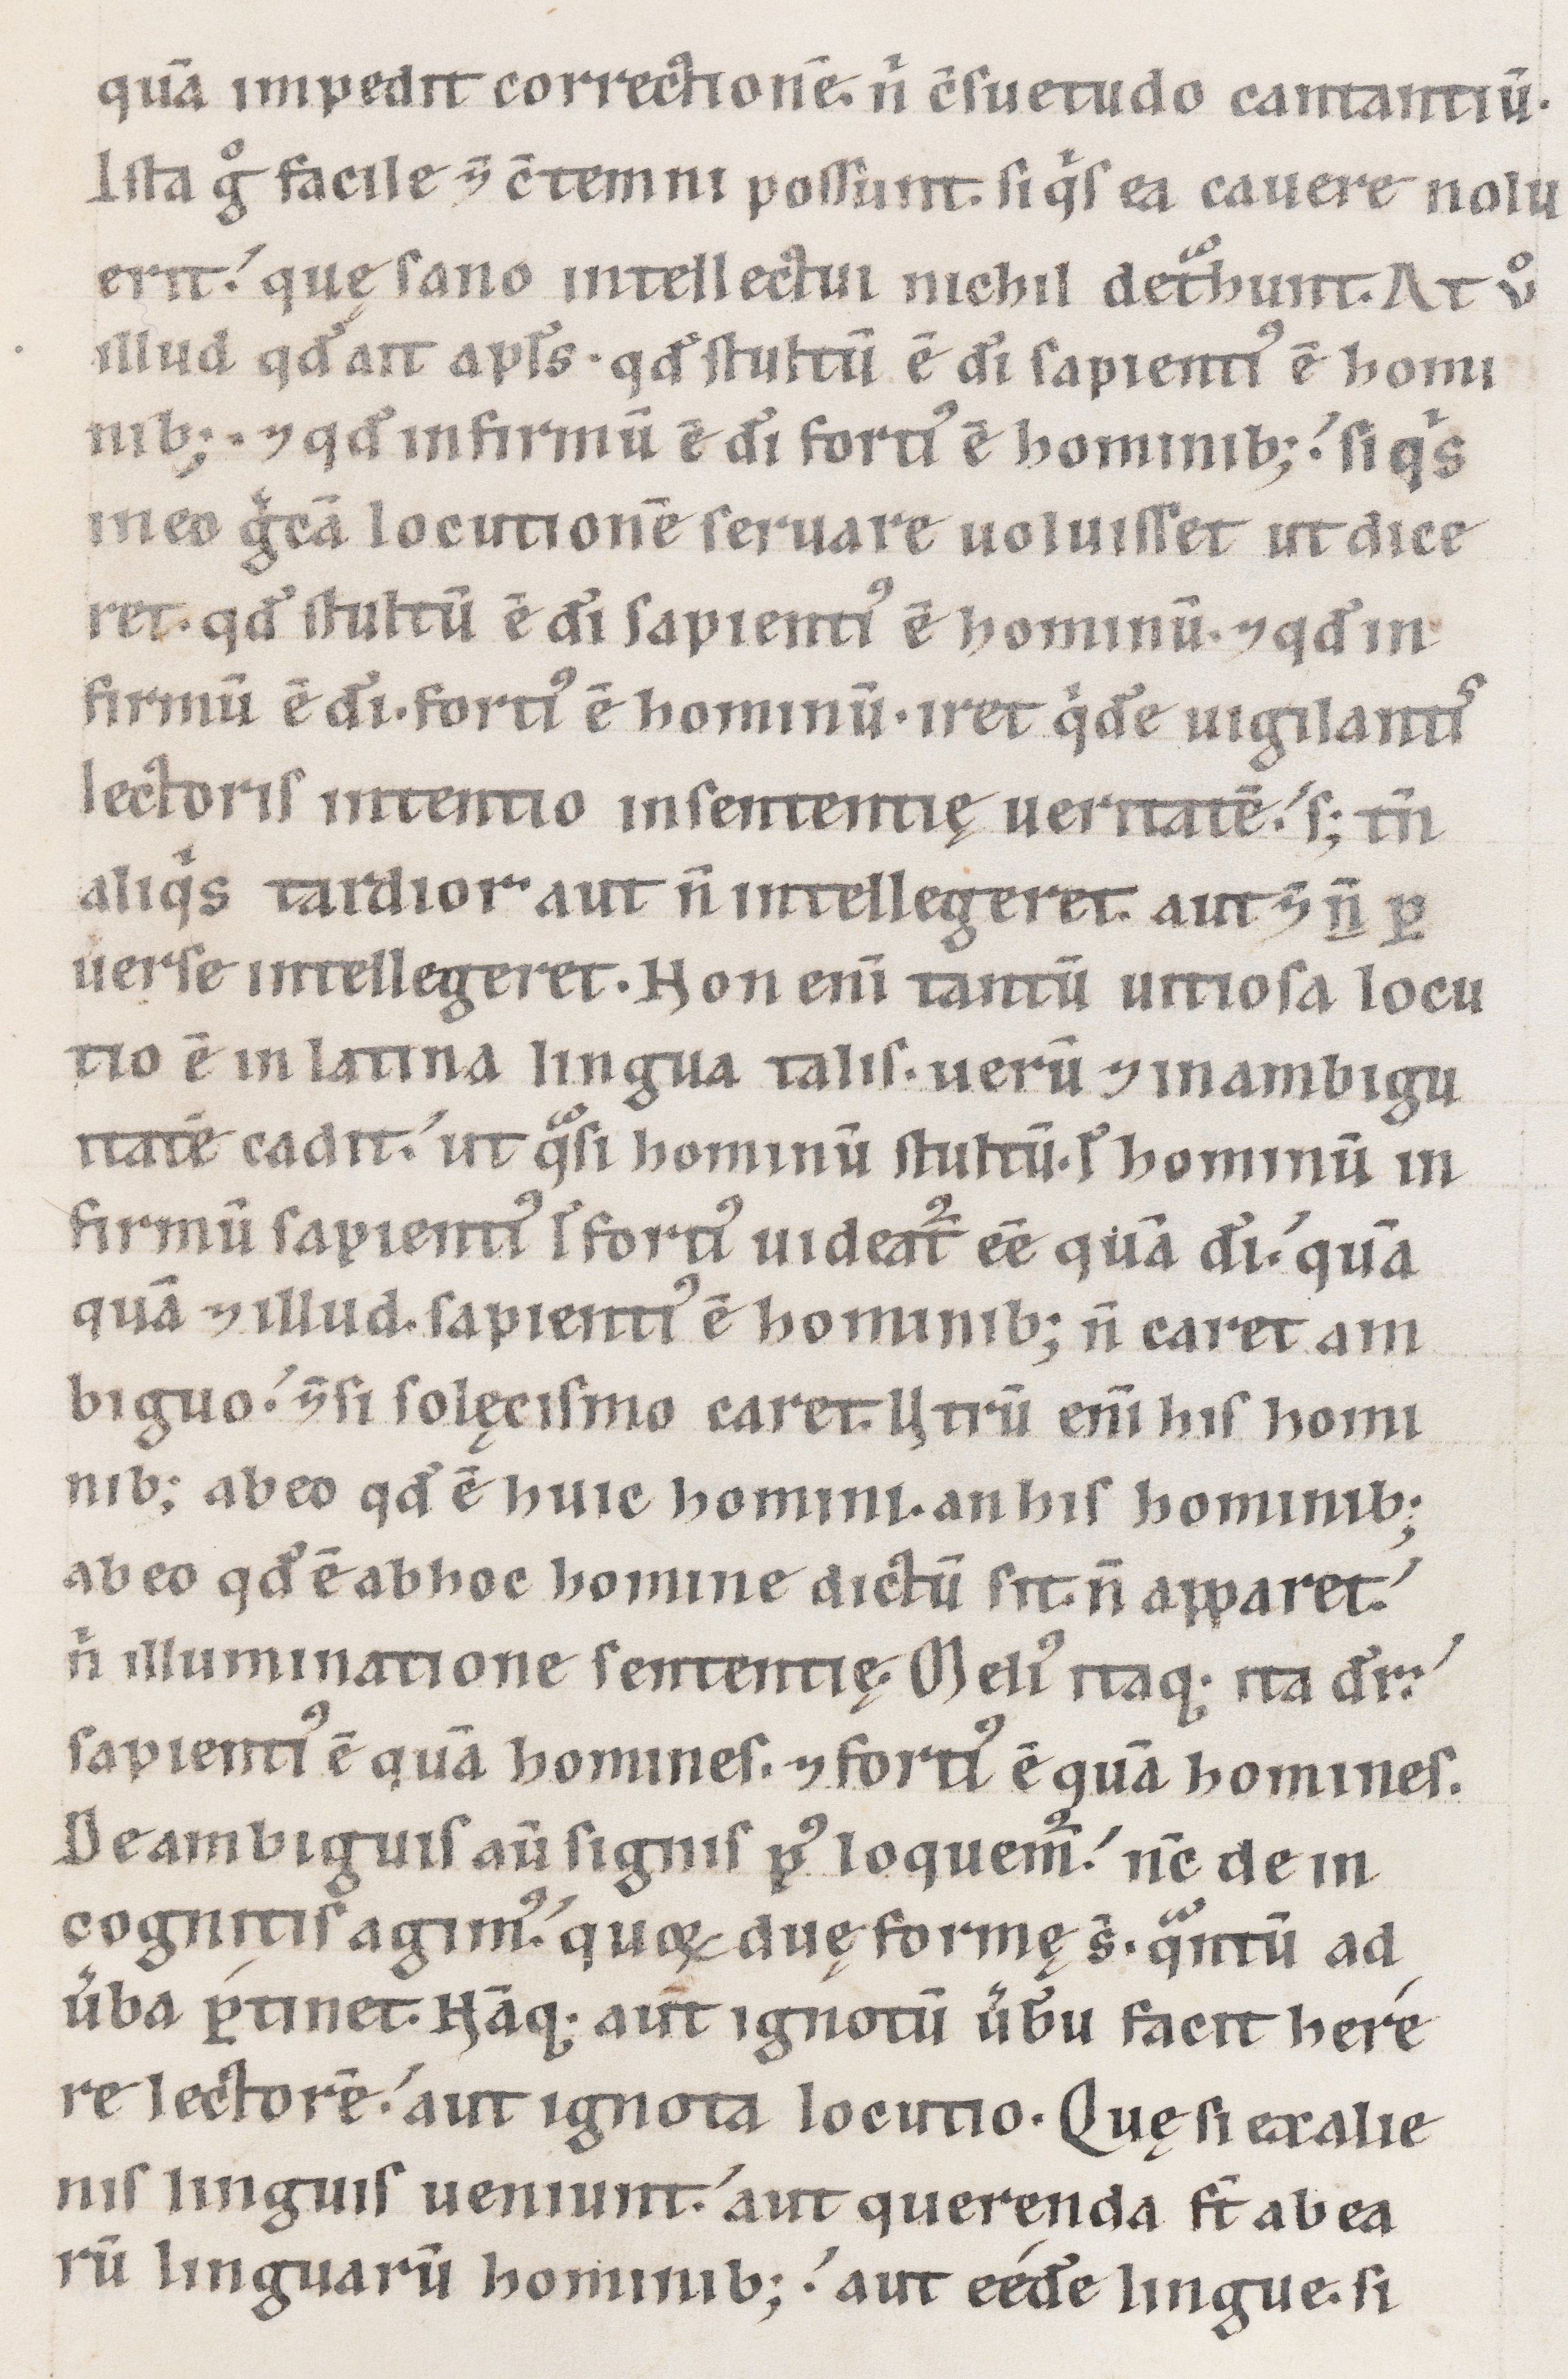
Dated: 1100–1199